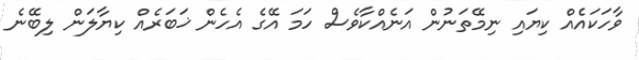
ވާހަކައެއް ކިޔައި ނިމޭތަނުން އަނެއްކާވެސް ހަމަ އޭގެ އެހެން ޚަބަރެއް ކިޔާލަން ލިބޭނެ